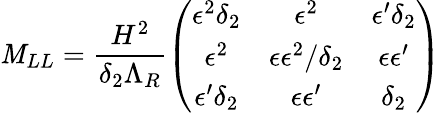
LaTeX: \mathit{M}_{LL}=\frac{{H^{2}}}{{\delta_{2}\Lambda_{R}}}\left(\begin{array}{ccc}{{\epsilon^{2}\delta_{2}}}&{{\epsilon^{2}}}&{{\epsilon^{\prime}\delta_{2}}}\\ {{\epsilon^{2}}}&{{\epsilon\epsilon^{2}/\delta_{2}}}&{{\epsilon\epsilon^{\prime}}}\\ {{\epsilon^{\prime}\delta_{2}}}&{{\epsilon\epsilon^{\prime}}}&{{\delta_{2}}}\end{array}\right)